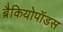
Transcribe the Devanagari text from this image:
ब्रैकियोपॉडस